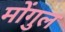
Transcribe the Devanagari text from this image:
मोंगुल